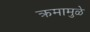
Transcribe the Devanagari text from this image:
क्रमामुळे